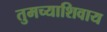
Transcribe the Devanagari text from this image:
तुमच्याशिवाय